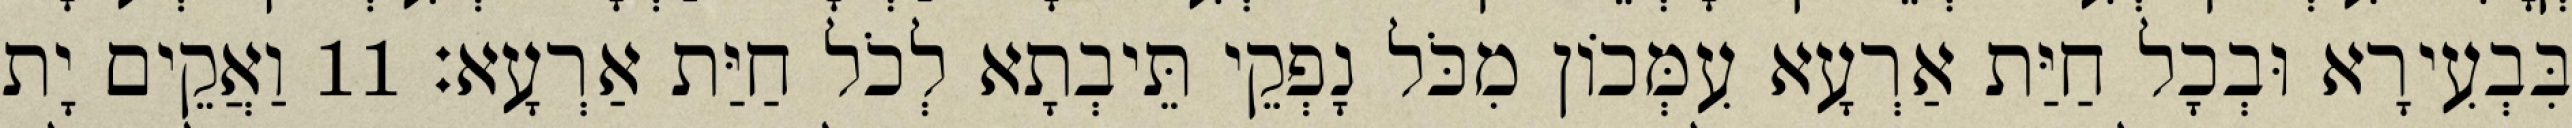
בִּבְעִירָא וּבְכָל חַיַּת אַרְעָא עִמְּכוֹן מִכֹּל נָפְקֵי תֵּיבְתָא לְכֹל חַיַּת אַרְעָא׃ 11 וַאֲקֵים יָת